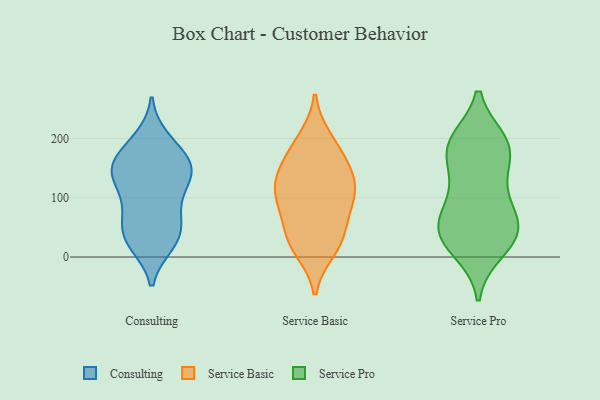
{"axis": {"x": "Temperature (°C)", "y": "Value"}, "legend": ["Consulting", "Service Basic", "Service Pro"], "data": [{"x": "", "y": 135, "type": "Consulting"}, {"x": "", "y": 169, "type": "Consulting"}, {"x": "", "y": 139, "type": "Consulting"}, {"x": "", "y": 145, "type": "Consulting"}, {"x": "", "y": 199, "type": "Consulting"}, {"x": "", "y": 22, "type": "Consulting"}, {"x": "", "y": 122, "type": "Consulting"}, {"x": "", "y": 62, "type": "Consulting"}, {"x": "", "y": 148, "type": "Consulting"}, {"x": "", "y": 149, "type": "Consulting"}, {"x": "", "y": 65, "type": "Consulting"}, {"x": "", "y": 28, "type": "Consulting"}, {"x": "", "y": 101, "type": "Consulting"}, {"x": "", "y": 163, "type": "Consulting"}, {"x": "", "y": 73, "type": "Consulting"}, {"x": "", "y": 29, "type": "Consulting"}, {"x": "", "y": 190, "type": "Consulting"}, {"x": "", "y": 31, "type": "Consulting"}, {"x": "", "y": 186, "type": "Service Basic"}, {"x": "", "y": 39, "type": "Service Basic"}, {"x": "", "y": 96, "type": "Service Basic"}, {"x": "", "y": 199, "type": "Service Basic"}, {"x": "", "y": 12, "type": "Service Basic"}, {"x": "", "y": 103, "type": "Service Basic"}, {"x": "", "y": 150, "type": "Service Basic"}, {"x": "", "y": 78, "type": "Service Basic"}, {"x": "", "y": 125, "type": "Service Basic"}, {"x": "", "y": 38, "type": "Service Basic"}, {"x": "", "y": 20, "type": "Service Basic"}, {"x": "", "y": 104, "type": "Service Basic"}, {"x": "", "y": 158, "type": "Service Basic"}, {"x": "", "y": 132, "type": "Service Basic"}, {"x": "", "y": 187, "type": "Service Pro"}, {"x": "", "y": 84, "type": "Service Pro"}, {"x": "", "y": 159, "type": "Service Pro"}, {"x": "", "y": 193, "type": "Service Pro"}, {"x": "", "y": 28, "type": "Service Pro"}, {"x": "", "y": 47, "type": "Service Pro"}, {"x": "", "y": 196, "type": "Service Pro"}, {"x": "", "y": 19, "type": "Service Pro"}, {"x": "", "y": 45, "type": "Service Pro"}, {"x": "", "y": 195, "type": "Service Pro"}, {"x": "", "y": 50, "type": "Service Pro"}, {"x": "", "y": 55, "type": "Service Pro"}, {"x": "", "y": 10, "type": "Service Pro"}, {"x": "", "y": 180, "type": "Service Pro"}, {"x": "", "y": 67, "type": "Service Pro"}, {"x": "", "y": 127, "type": "Service Pro"}, {"x": "", "y": 118, "type": "Service Pro"}]}